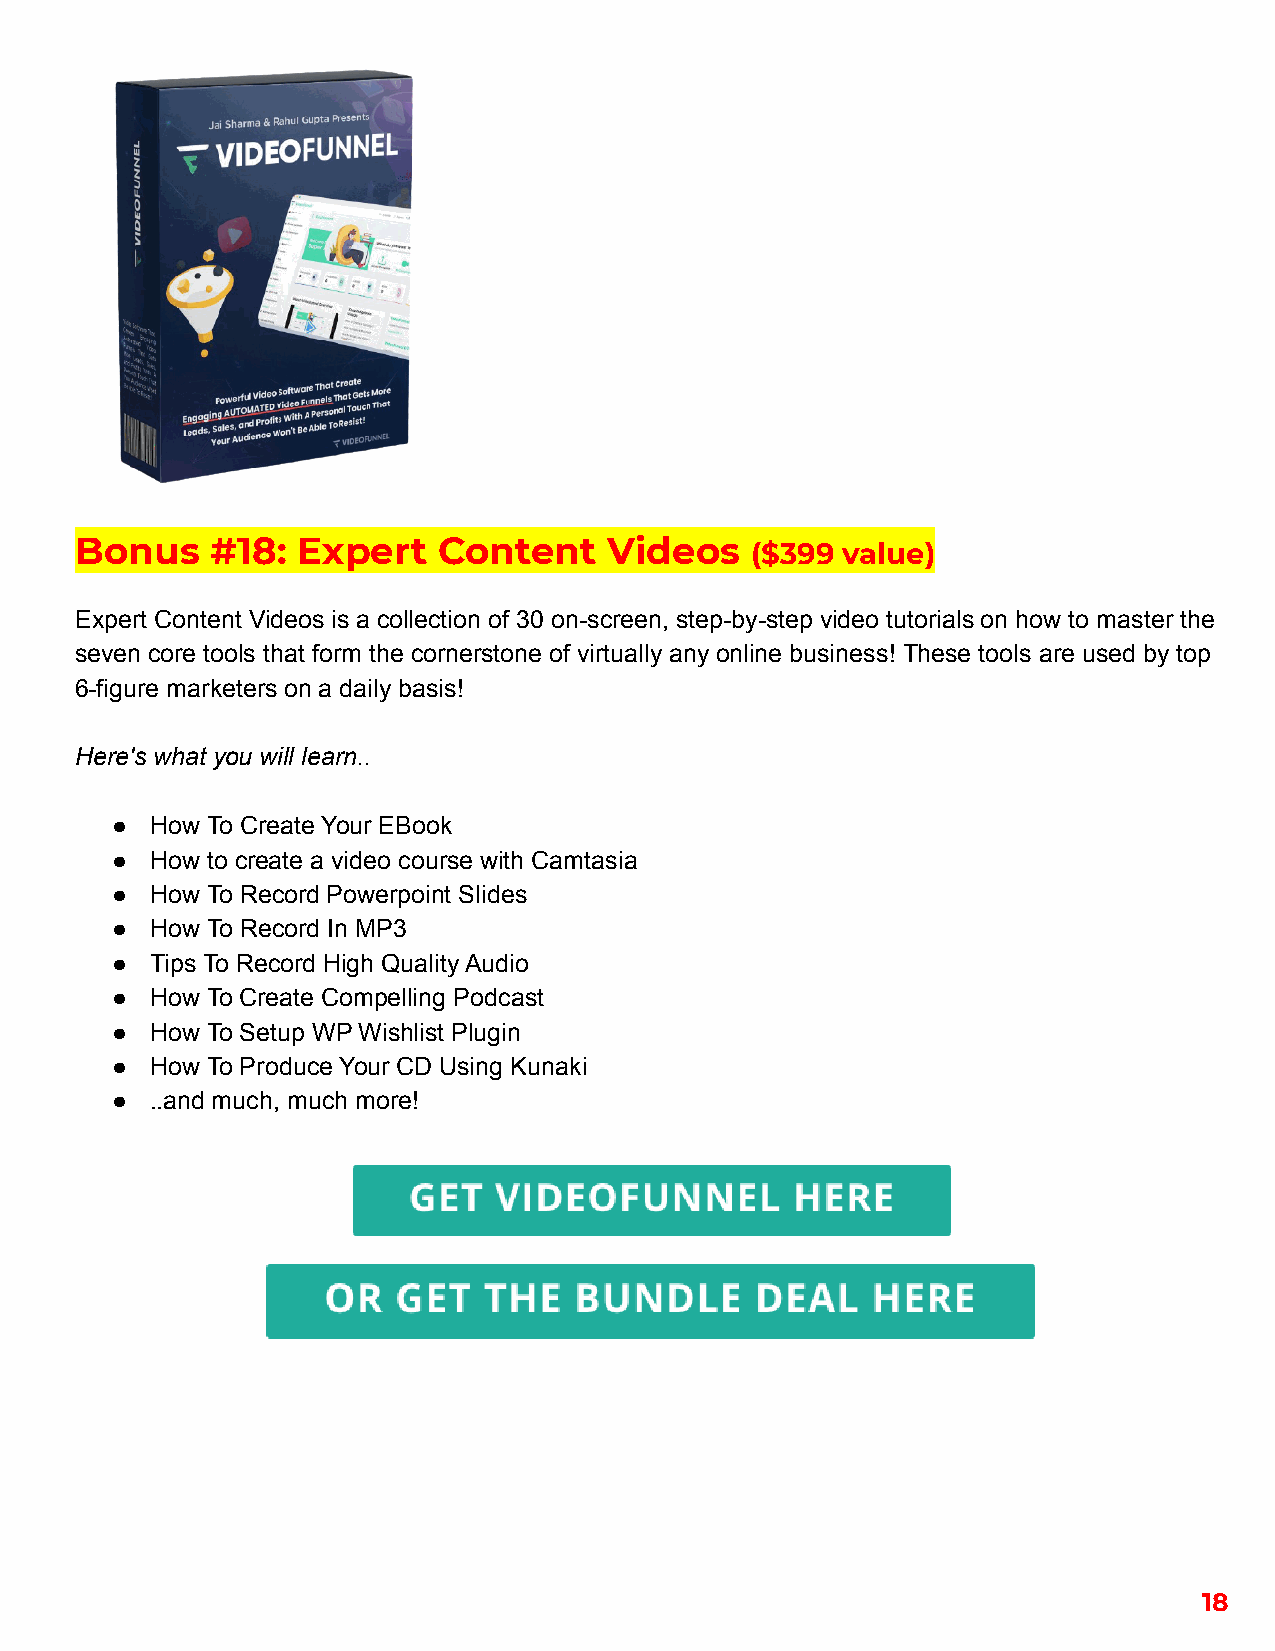
Bonus    #18:  Expert   Content    Videos    ($399 value)
 Expert Content Videos is a collection of 30 on-screen, step-by-step video tutorials on how to master the
 seven core tools that form the cornerstone of virtually any online business! These tools are used by top
 6-figure marketers on a daily basis!
 Here's what you will learn..
 ●  How To Create Your EBook
 ●  How to create a video course with Camtasia
 ●  How To Record Powerpoint Slides
 ●  How To Record In MP3
 ●  Tips To Record High Quality Audio
 ●  How To Create Compelling Podcast
 ●  How To Setup WP Wishlist Plugin
 ●  How To Produce Your CD Using Kunaki
 ●  ..and much, much more!
 18